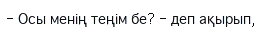
- Осы менің теңім бе? - деп ақырып,